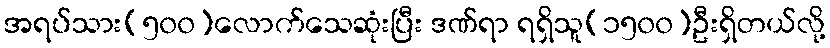
အရပ်သား(၅၀၀)လောက်သေဆုံးပြီး ဒဏ်ရာ ရရှိသူ(၁၅၀၀)ဦးရှိတယ်လို့